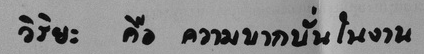
วิริยะ คือ ความบากบั่นในงาน